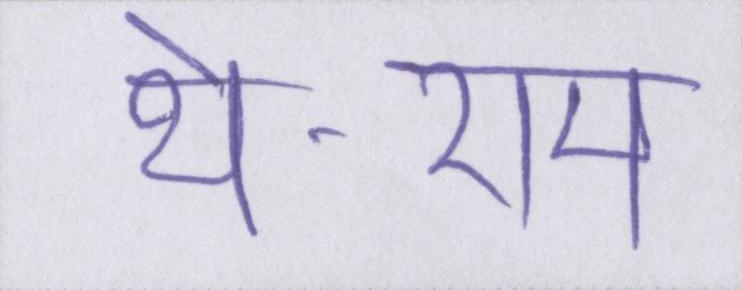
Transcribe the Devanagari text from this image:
थे-राम